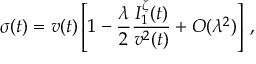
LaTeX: \sigma ( t ) = v ( t ) \left[ 1 - \frac { \lambda } { 2 } \frac { I _ { 1 } ^ { \zeta } ( t ) } { v ^ { 2 } ( t ) } + O ( \lambda ^ { 2 } ) \right] \, ,